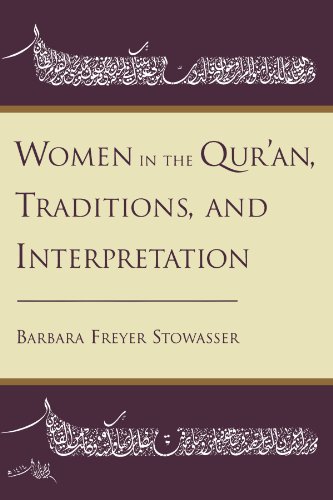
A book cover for Women in the Qur'an, Traditions, and Interpretation; Barbara Freyer Stowasser; Religion & Spirituality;